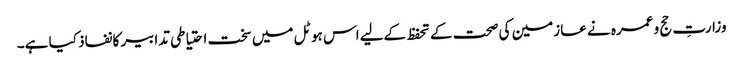
وزارتِ حج و عمرہ نے عازمین کی صحت کے تحفظ کےلیے اس ہوٹل میں سخت احتیاطی تدابیر کا نفاذ کیا ہے۔